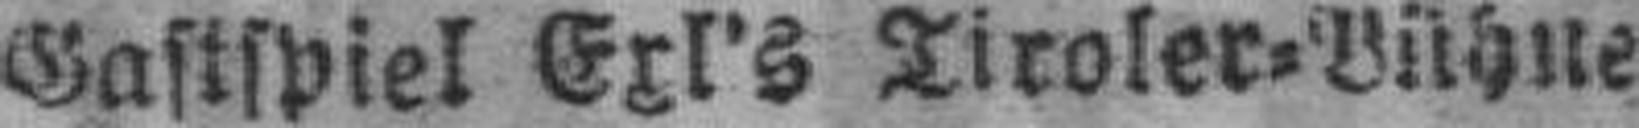
Gastspiel Exl's Tiroler=Bühne